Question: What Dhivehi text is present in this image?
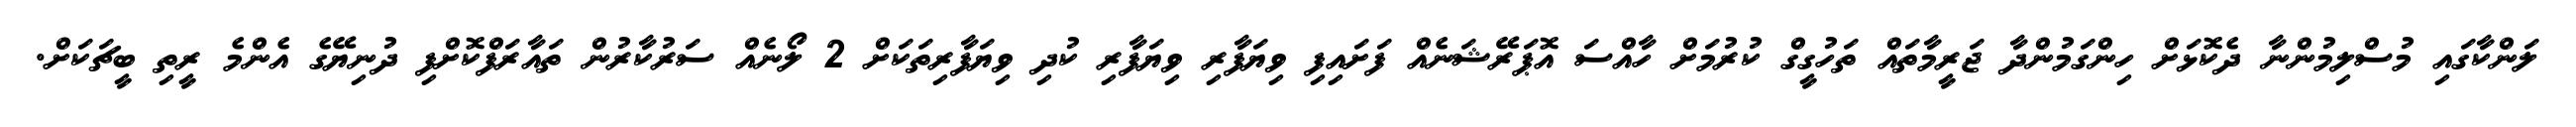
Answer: ލަންކާގައި މުސްލިމުންނާ ދެކޮޅަށް ހިންގަމުންދާ ޖަރީމާތައް ތަހުގީގް ކުރުމަށް ހާއްސަ އޮޕަރޭޝަނެއް ފަށައިފި ވިޔަފާރި ވިޔަފާރި ކުދި ވިޔަފާރިތަކަށް 2 ލޯނެއް ސަރުކާރުން ތައާރަފްކޮށްފި ދުނިޔޭގެ އެންމެ ރީތި ބީޗަކަށް.